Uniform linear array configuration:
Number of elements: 16
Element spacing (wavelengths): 0.75
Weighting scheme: kaiser
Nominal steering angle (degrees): -15
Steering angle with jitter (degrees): -16.42
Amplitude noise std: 0.05
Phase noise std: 0.05

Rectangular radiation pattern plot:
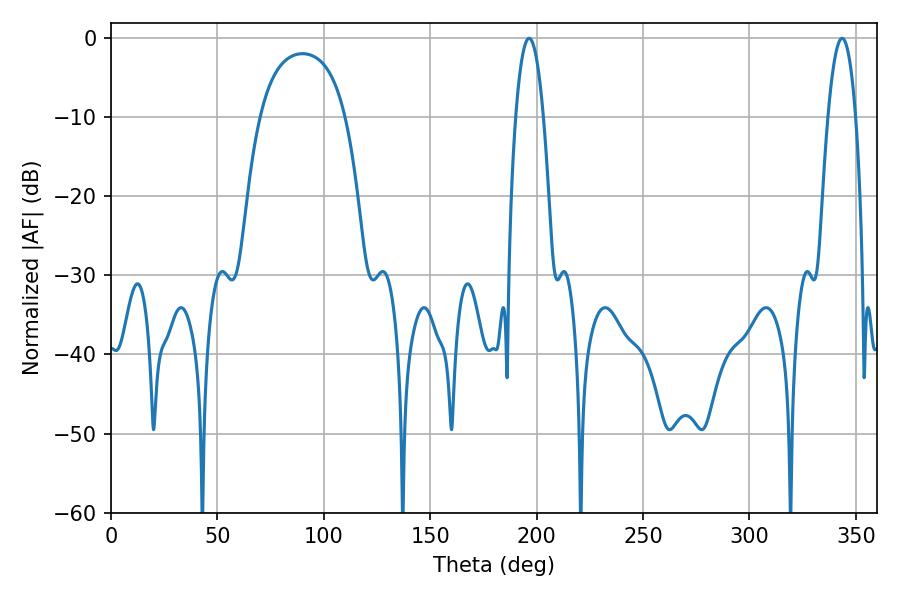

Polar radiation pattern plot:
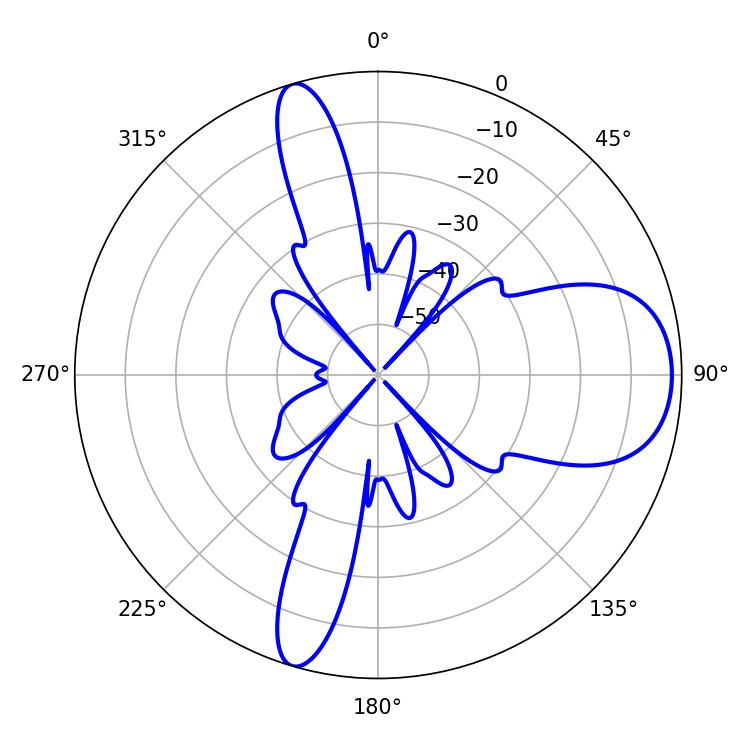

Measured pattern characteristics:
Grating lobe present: TRUE
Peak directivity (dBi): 9.451
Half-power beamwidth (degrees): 7.2
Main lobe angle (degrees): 196.38